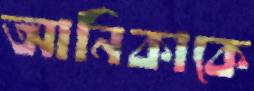
আনিকাকে